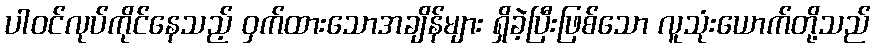
ပါဝင်လုပ်ကိုင်နေသည့် ဝှက်ထားသောအချိန်များ ရှိခဲ့ပြီးဖြစ်သော လူသုံးယောက်တို့သည်